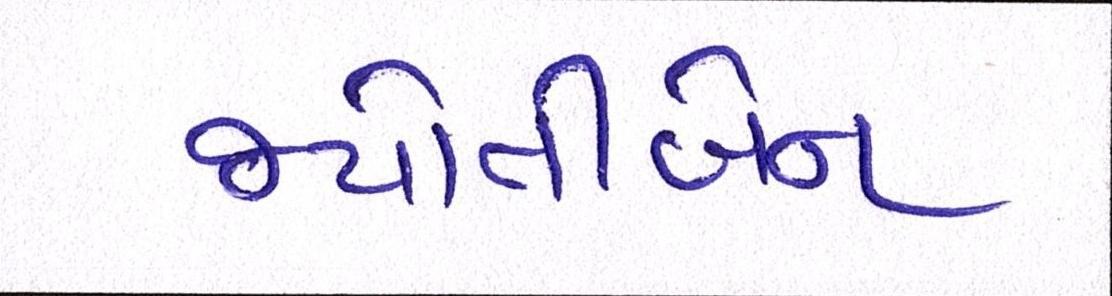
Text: જયોતીબેન